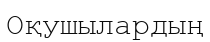
Оқушылардың